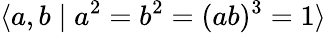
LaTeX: \langle a,b\mid a^{2}=b^{2}=(ab)^{3}=1\rangle